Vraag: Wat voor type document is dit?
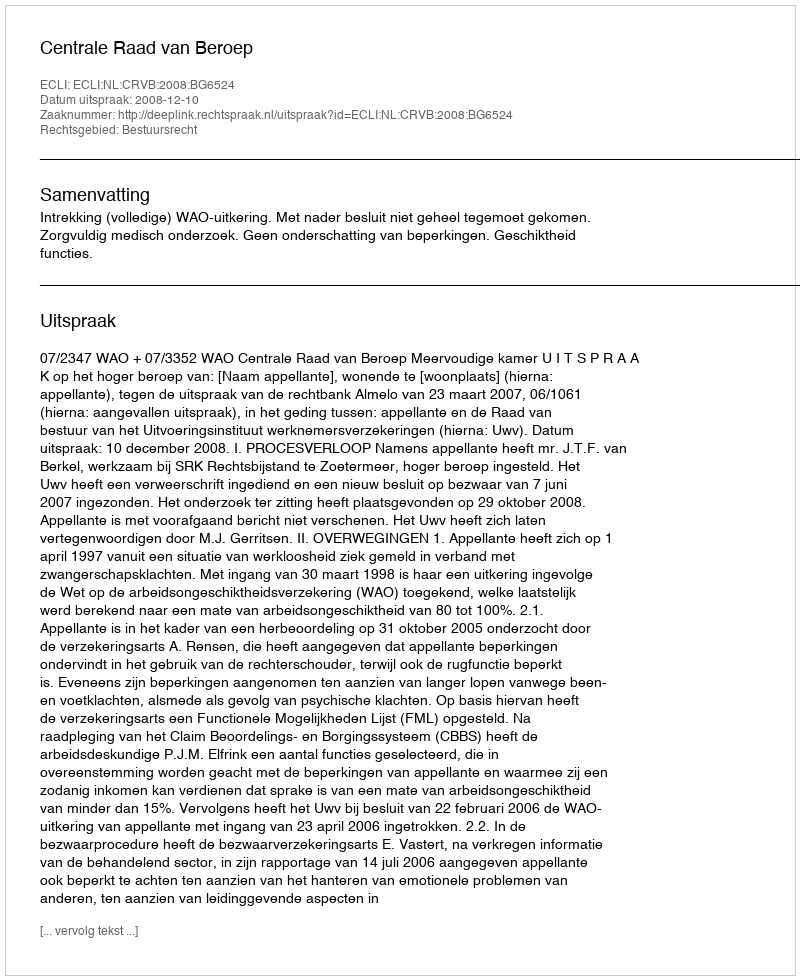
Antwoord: Uitspraak